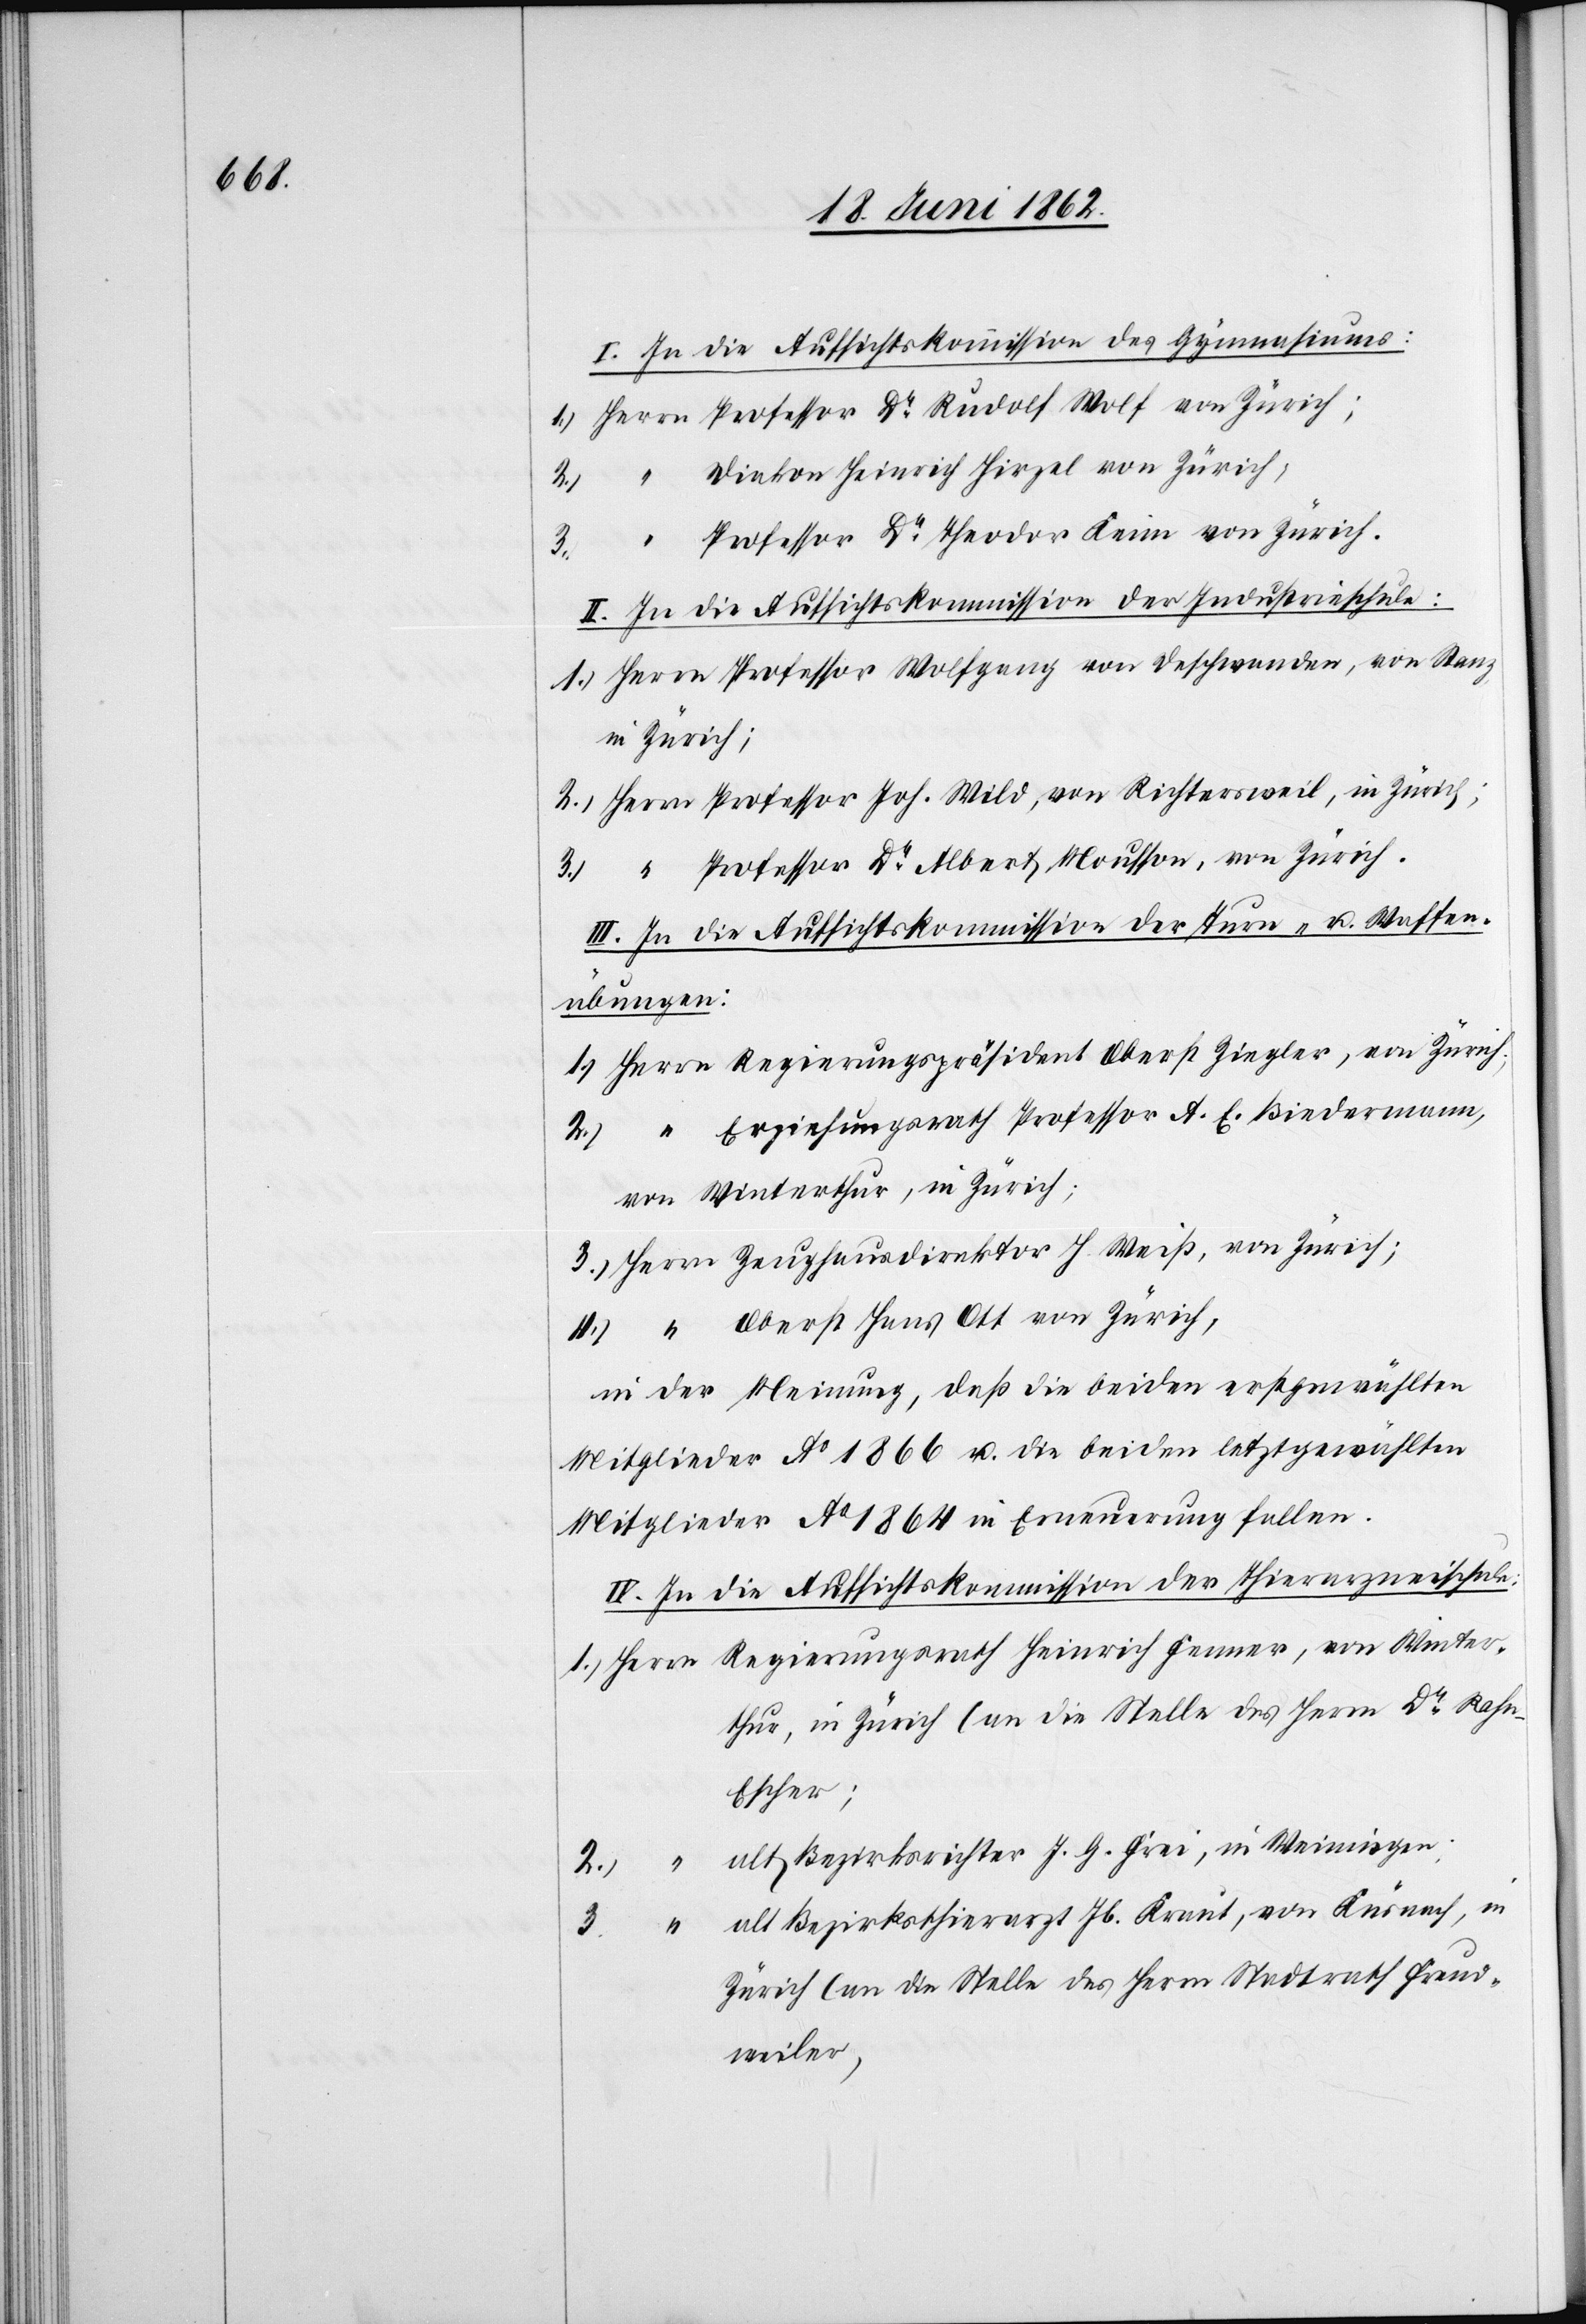
I. In die Aufsichtskommission des Gymnasiums:
Diakon Heinrich Hirzel von Zürich;
von Winter¬
3.
Professor Dr. Theodor Keim von Zürich.
J.
II. In die Aufsichtskommission der Industrieschule:
Herrn Professor Wolfgang von Deschwanden, von Stanz
von Zürich;.
Herrn Professor Joh. Wild, von Richtersweil, in Zürich;
Professor Dr. Albert Mousson, von Zürich.
III. In die Aufsichtskommission der Turn- u. Waffen¬
übungen:
Erziehungsrath Professor A. E. Biedermann,
von Winterthur in Zürich
Oberst Hans Ott von Zürich,
IV. In die Aufsichtskommission der Thierarzneischule:
thur, in Zürich (an die Stelle des Herrn Dr. Rah¬
n-Escher;
alt Bezirksrichter J. G. Frei, in Weiningen;
2.
3.
alt Bezirksthierarzt Jb. Kraut, von Küsnach[t], in
4.
Zürich (an die Stelle des Herrn Stadtrath Freud¬
weiler)